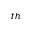
^ { t h }